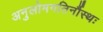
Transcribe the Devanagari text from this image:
अनुलोमगतिर्नौस्थः